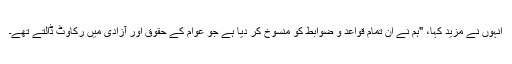
انہوں نے مزید کہا، "ہم نے ان تمام قواعد و ضوابط کو منسوخ کر دیا ہے جو عوام کے حقوق اور آزادی میں رکاوٹ ڈالتے تھے۔